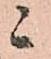
ニ